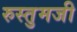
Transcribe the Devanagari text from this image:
रुस्तुमजी